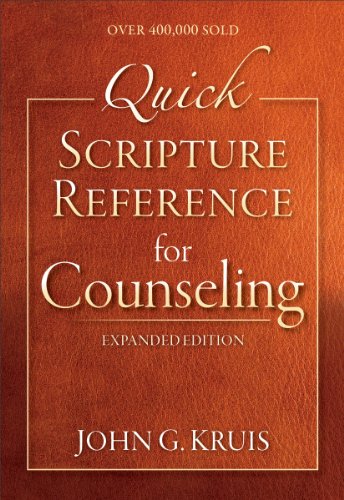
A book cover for Quick Scripture Reference for Counseling; John G. Kruis; Christian Books & Bibles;